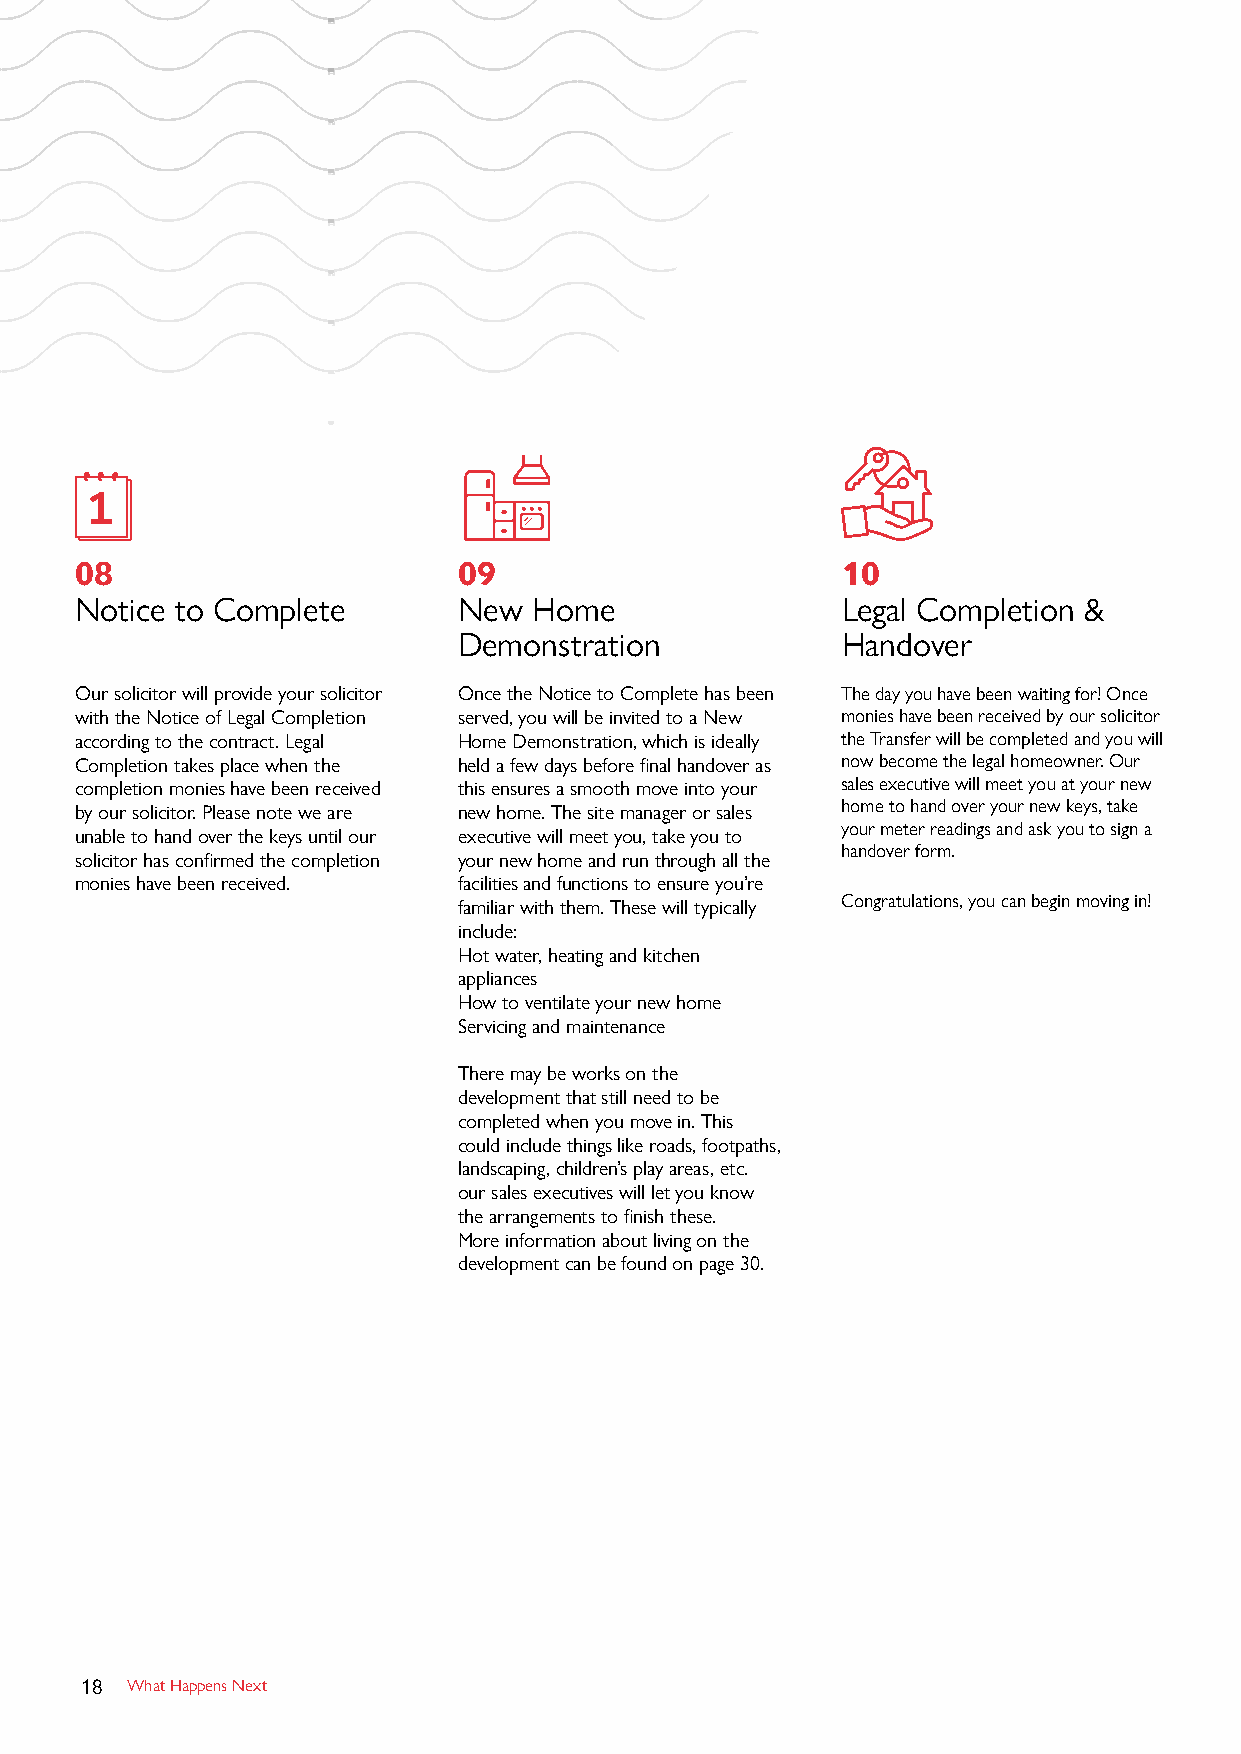

 08                       09                        10
 Notice to Complete       New  Home                 Legal Completion &
 Demonstration             Handover
 Our solicitor will provide your solicitor Once the Notice to Complete has been The day you have been waiting for! Once
 with the Notice of Legal Completion served, you will be invited to a New monies have been received by our solicitor
 according to the contract. Legal Home Demonstration, which is ideally the Transfer will be completed and you will
 Completion takes place when the held a few days before final handover as now become the legal homeowner. Our
 completion monies have been received this ensures a smooth move into your sales executive will meet you at your new
 by our solicitor. Please note we are new home. The site manager or sales home to hand over your new keys, take
 your meter readings and ask you to sign a
 unable to hand over the keys until our executive will meet you, take you to
 handover form.
 solicitor has confirmed the completion your new home and run through all the
 monies have been received. facilities and functions to ensure you’re
 familiar with them. These will typically Congratulations, you can begin moving in!
 include:
 Hot water, heating and kitchen
 appliances
 How to ventilate your new home
 Servicing and maintenance
 There may be works on the
 development that still need to be
 completed when you move in. This
 could include things like roads, footpaths,
 landscaping, children’s play areas, etc.
 our sales executives will let you know
 the arrangements to finish these.
 More information about living on the
 development can be found on page 30.
 18 What Happens Next